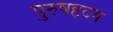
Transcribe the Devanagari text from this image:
पुरुषहृदय